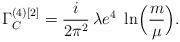
LaTeX: \begin{align*} \Gamma_C^{(4)[2]}=\frac{i}{2\pi^2}\,\lambda e^4\,\,\ln\Bigl(\frac{m}{\mu}\Bigr).\end{align*}